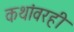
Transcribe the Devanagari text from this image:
कथांवरही